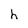
Character: h